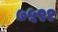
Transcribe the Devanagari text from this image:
७५९१